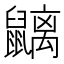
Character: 𪖂